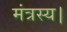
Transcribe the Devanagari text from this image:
मंत्रस्य।